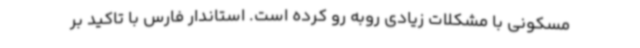
مسکونی با مشکلات زیادی روبه رو کرده است. استاندار فارس با تاکید بر